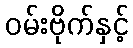
ဝမ်းဗိုက်နှင့်